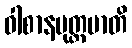
ဝါစာနမုတ္တမာတိ